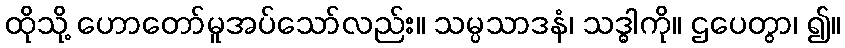
ထိုသို့ ဟောတော်မူအပ်သော်လည်း။ သမ္ပသာဒနံ၊ သဒ္ဓါကို။ ဌပေတွာ၊ ၍။